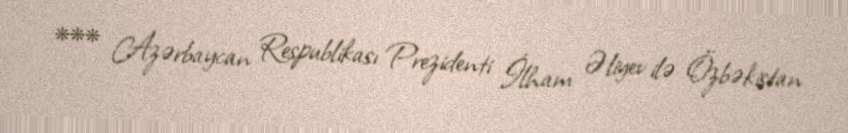
*** Azərbaycan Respublikası Prezidenti İlham Əliyev ilə Özbəkistan